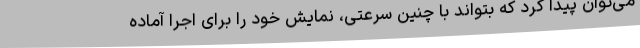
می‌توان پیدا کرد که بتواند با چنین سرعتی، نمایش خود را برای اجرا آماده